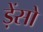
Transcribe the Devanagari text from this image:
ड़ेंसो